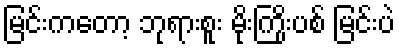
မြင်းကတော့ ဘုရားစူး မိုးကြိုးပစ် မြင်းပဲ